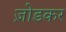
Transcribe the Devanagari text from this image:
ज़ोडकर